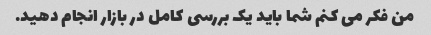
من فکر می کنم شما باید یک بررسی کامل در بازار انجام دهید.